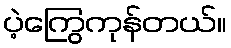
ပဲ့ကြွေကုန်တယ်။